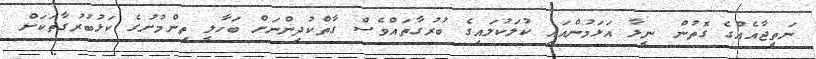
ނަތީޖާއެއްގެ ގޮތުން ނީލާ އަޅަމުންއައި ކުލަކުލައިގެ ބުރުގާތައްވެސް ގާތްކުދިންނަށް ބަހާލީ ތިންމުށުގެ ކަޅުބުރުގާތަކަށް